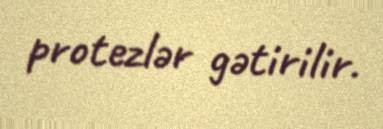
protezlər gətirilir.